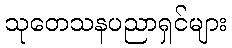
သုတေသနပညာရှင်များ